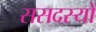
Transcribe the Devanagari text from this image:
ससदस्यों